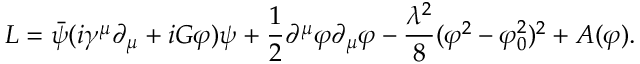
L = \bar { \psi } ( i \gamma ^ { \mu } \partial _ { \mu } + i G \varphi ) \psi + \frac 1 2 \partial ^ { \mu } \varphi \partial _ { \mu } \varphi - \frac { \lambda ^ { 2 } } 8 ( \varphi ^ { 2 } - \varphi _ { 0 } ^ { 2 } ) ^ { 2 } + A ( \varphi ) .